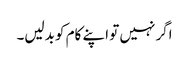
اگر نہیں تو اپنے کام کو بدلیں۔